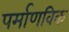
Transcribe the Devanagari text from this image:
पर्माणविक